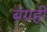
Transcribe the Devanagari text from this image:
बंग्रही